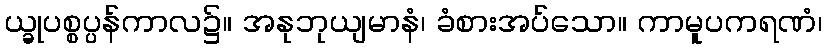
ယ္ခုပစ္စပ္ပန်ကာလ၌။ အနုဘုယျမာနံ၊ ခံစားအပ်သော။ ကာမူပကရဏံ၊